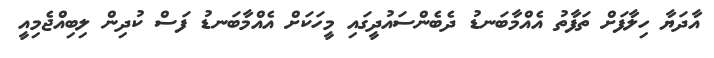
އާދަޔާ ހިލާފަށް ތަފާތު އެއްމާބަނޑު ދެބެންސައުދީގައި މީހަކަށް އެއްމާބަނޑު ފަސް ކުދިން ލިބިއްޖެމިއީ